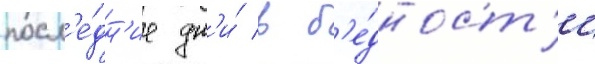
посл'е́дн'ие дн'и́ в б'е́дност'и